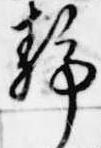
静